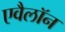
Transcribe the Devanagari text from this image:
एवैलॉन